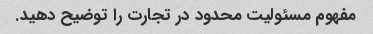
مفهوم مسئولیت محدود در تجارت را توضیح دهید.